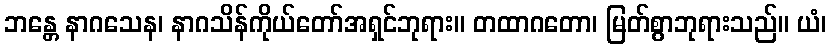
ဘန္တေ နာဂသေန၊ နာဂသိန်ကိုယ်တော်အရှင်ဘုရား။ တထာဂတော၊ မြတ်စွာဘုရားသည်။ ယံ၊